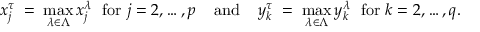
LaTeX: x _ { j } ^ { \tau } \; = \; \operatorname * { m a x } _ { \lambda \in \Lambda } x _ { j } ^ { \lambda } \; { \mathrm { ~ f o r ~ } } j = 2 , \ldots , p \; \; \; \; { \mathrm { a n d } } \; \; \; \; y _ { k } ^ { \tau } \; = \; \operatorname * { m a x } _ { \lambda \in \Lambda } y _ { k } ^ { \lambda } \; { \mathrm { ~ f o r ~ } } k = 2 , \ldots , q .